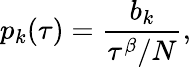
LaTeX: p_{k}(\tau)=\frac{b_{k}}{\tau^{\beta}/N},